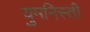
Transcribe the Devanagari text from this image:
युमनिस्ती